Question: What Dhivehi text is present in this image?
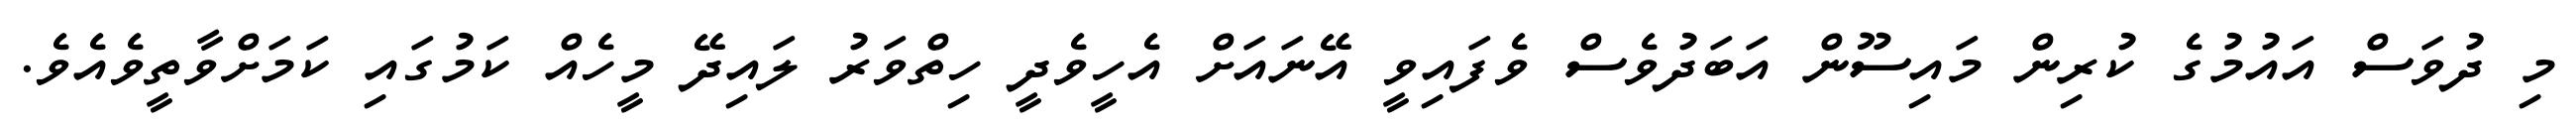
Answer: މި ދުވަސް އައުމުގެ ކުރިން މައިސޫން އަބަދުވެސް ވެފައިވީ އޭނައަށް އެހީވެދީ ހިތްވަރު ލައިދޭ މީހެއް ކަމުގައި ކަމަށްވާތީވެއެވެ.